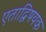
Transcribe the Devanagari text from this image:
एताद्विषयक